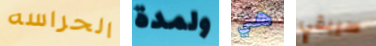
الحراسه ولمدة هي سيبقي